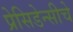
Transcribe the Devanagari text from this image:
प्रेसिडेन्सीचे